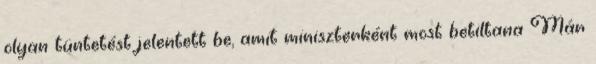
olyan tüntetést jelentett be, amit miniszterként most betiltana Már